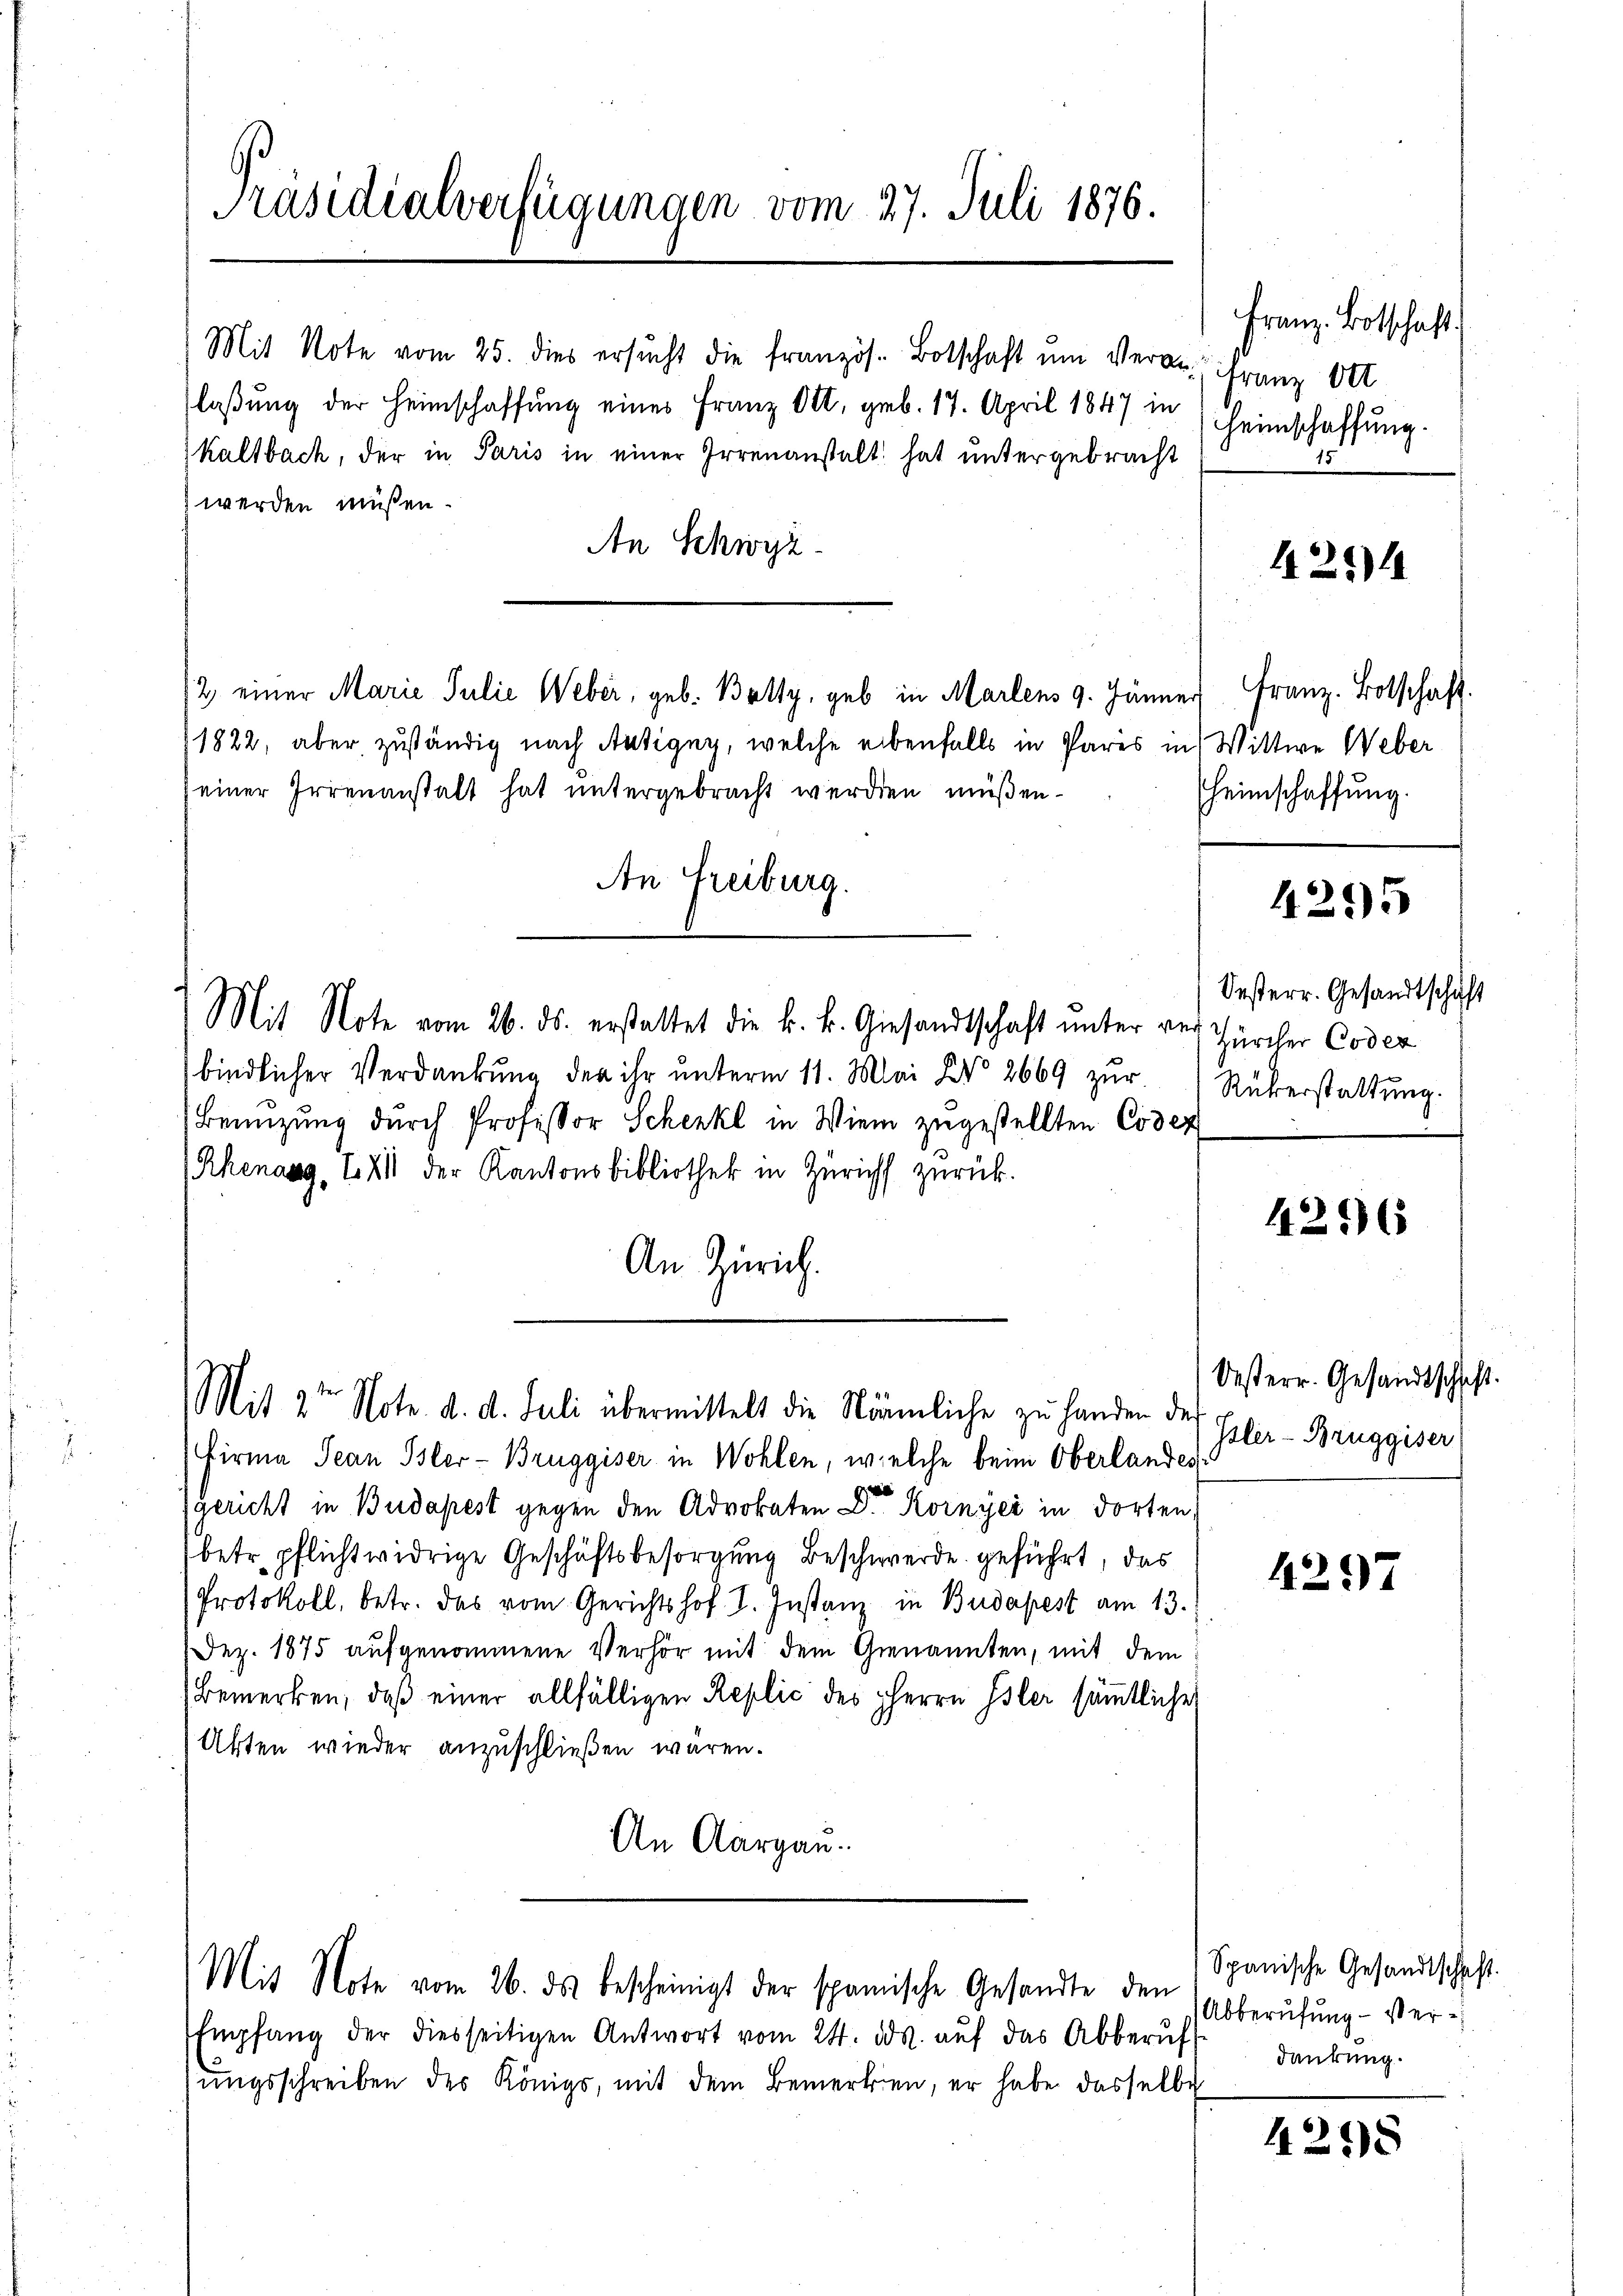
Präsidialverfügungen vom 27. Juli 1876.
Mit Note vom 25. dies ersucht die französ. Botschaft ein Veranlaßung der Heimschaffung eines Franz Ott, geb. 17. April 1847 in
Kaltbach, der in Paris in einer Irrenanstalt hat untergebracht

werden müssen.
An Schwyz
1822, aber zuständig nach Antigny, welche ebenfalls in Paris in Wittwe Weber
einer Irrenanstalt hat untergebracht werden müßen.
An Freiburg.
Mit Note vom 26. ds. erstattet die k. k. Giesandtschaft unter ver
bindlicher Verdankung der ihr unterm 11. Mai d. 2669 zŭr Rükerstattung.
Benüzung durch Professor Schenke in Wien zugestellten Codex
Rhenang, Z XII der Kantonsbibliothek in Züricht zurück.
An Zürich.

/2 einer Marie Julie Weber, geb. Botty, geb in Marlens 9. Jänner Franz. Botschaft

Gericht in Budapest gegen den Advokaten Dr Kornyei in dorten,
betr. pflichtwidrige Geschäftsbesorgung Beschwerde geführt, das
Protokoll, betr. das vom Gerichtshof I. Instanz in Budapest am 13.
Dez. 1875 aufgenommene Verhör mit dem Genannten, mit dem
Bemerken, daß einer allfälligen Replić des Herrn Isler sämmtliche
Akten wieder anzuschließen wären.
An Aargau.

Mit 2ten Note. d. d. Juli übermittelt die Nämliche zu handen de
Firma Jean Isler-Bruggiser in Wohlen, welche beim Oberlandes

Mit Note vom 26. ds bescheinigt der spanische Gesandte den

Empfang der diesseitigen Antwort vom 24. ds. auf das Abberuf
ungsschreiben des Königs, mit dem Bemerken, er habe dasselbe

Franz Botschaft.
Franz Ort
Heimschaffung.

4254

heimschaffung.

4295

Oesterr. Gesandtschaft
Zürcher Codex

4206

Oesterr. Gesandtschaft.
Isler-Bruggiser

4257

4298

Spanische Gesandtschaft.
Abberufung – st erdankung.